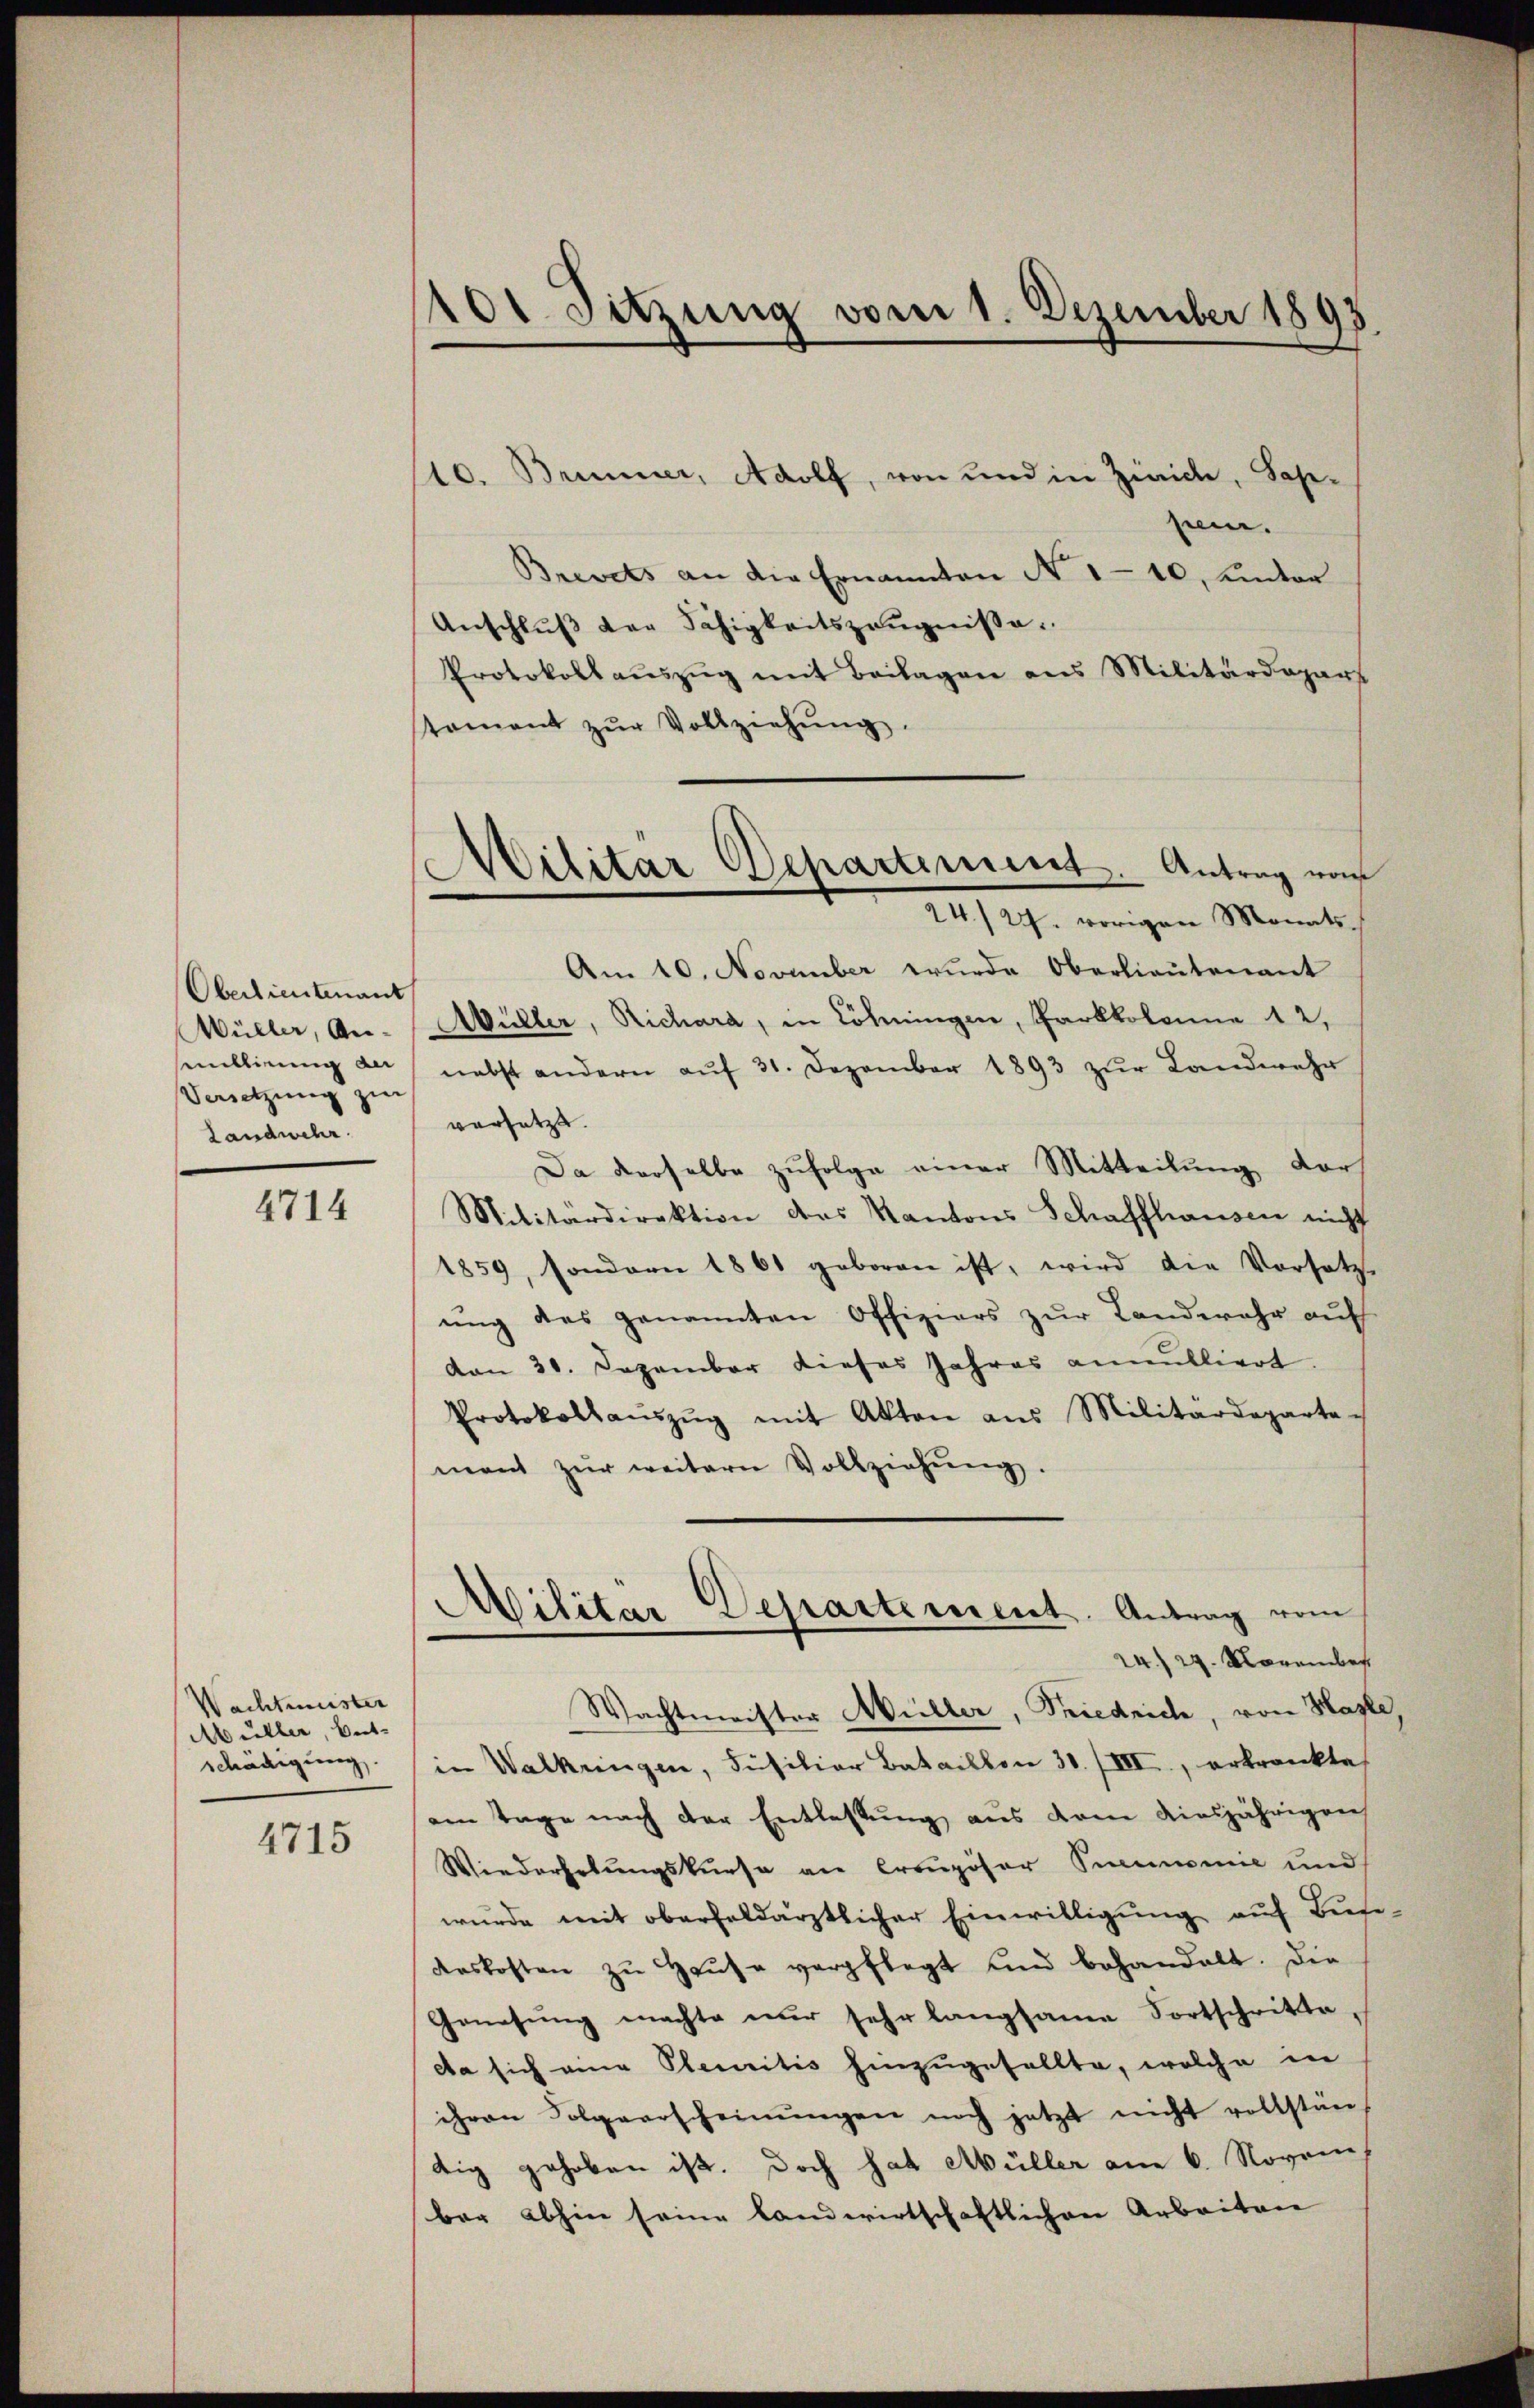
Oberlieutenant
Müller, Anmllirung an
Vesetzung zur
Landwehr.

4714

Wachtmeister
Müller, bet
schädigung.

4715

101. Sitzung vom 1. Dezember 1893.

10. Brunner, Adolf, von und in Zürice, Sahe-
men.
Brevets an die Ernannten N. 110, unter
Anschluß der Fähigkeitszeugnisse.
Protokollaŭszŭg mit Beilagen ans Militärdepart
stament zŭr Vollziehŭng.
Am 10. November wurde Oberlieutenant
Müller, Richara, in Löhningen, Parkkolonne 12.
nebst andern aŭf 31. Dezember 1893 zŭr Landwehr
versetzt.
Da derselbe zufolge einer Mitteilung der
Militärdirektion des Kantons Schaffhausen nicht
1859, sondern 1861 geboren ist, wird die Vorsatz-
ŭng des genannten Offiziers zŭr Landwehr aŭf
von 31. Dezember dieses Jahres annulliert.
Protokollaŭszŭg mit Akten ans Militärdeparta-
mant zŭr weitern Vollziehŭng.
Militär Departement. Antrag vom
24./29. November
Wachtmeister Müller, Friedrich, von Hasle,
in Walkringen, Füsiliar Bataillon 31./III, erkrankte
am Tage nach der Entlassung aus dem diesjährigen
Wiederhebungskurse an Creuzöser Pneumonie und
wurde mit oberfeldärztlicher Einwilligung auf Bise-
deskosten zŭ Haŭse verpflegt und behandelt. Die
Genesung machte nur sehr langsame Fortschritte,
da sich eine Plenritis hinzugefallte, welche in
ihren Folgerscheinŭngen noch jetzt nicht vollstän
tig gehoben ist. Doch hat Müller am 6. Novem
ber abhin seine landwirtschaftlichen Arbeiten

)
Wilitar Departement. Antrag vom
24./24. vorigen Monats-